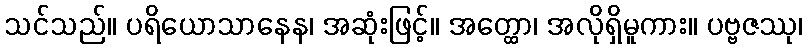
သင်သည်။ ပရိယောသာနေန၊ အဆုံးဖြင့်။ အတ္ထော၊ အလိုရှိမူကား။ ပဗ္ဗဇဿု၊